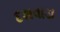
દશવાડા